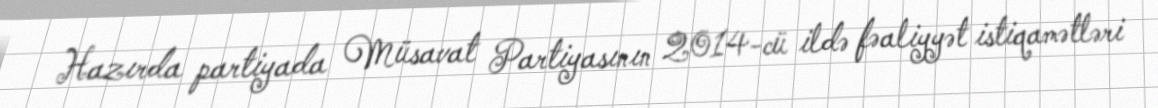
Hazırda partiyada Müsavat Partiyasının 2014-cü ildə fəaliyyət istiqamətləri